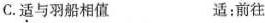
C.适与羽船相值 适:前往